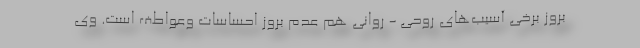
بروز برخی آسیب‌های روحی - روانی هم عدم بروز احساسات وعواطف است. وی